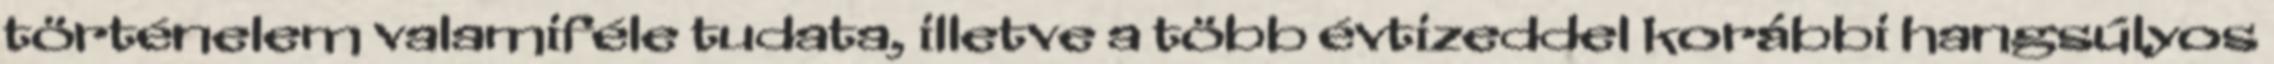
történelem valamiféle tudata, illetve a több évtizeddel korábbi hangsúlyos